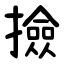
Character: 撿